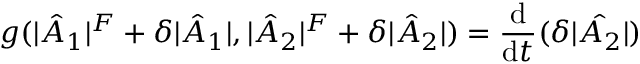
g ( | \hat { A } _ { 1 } | ^ { F } + \delta | \hat { A } _ { 1 } | , | \hat { A } _ { 2 } | ^ { F } + \delta | \hat { A } _ { 2 } | ) = \frac { \mathrm { d } } { \mathrm { d } t } ( \delta | \hat { A _ { 2 } } | )